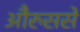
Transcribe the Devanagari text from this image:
औरुससे